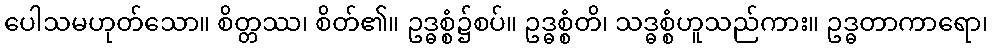
ပေါသမဟုတ်သော။ စိတ္တဿ၊ စိတ်၏။ ဥဒ္ဓစ္စံ၌စပ်။ ဥဒ္ဓစ္စံတိ၊ သဒ္ဓစ္စံဟူသည်ကား။ ဥဒ္ဓတာကာရော၊